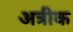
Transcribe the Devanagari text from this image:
अत्रीक